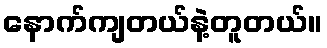
နောက်ကျတယ်နဲ့တူတယ်။